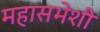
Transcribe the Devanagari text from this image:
महासभेशी